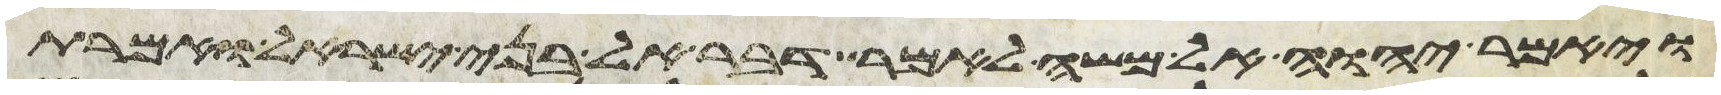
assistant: ויאמר יהוה אל משה לאמר דבר אל בני ישראל ואמרת